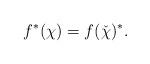
LaTeX: \begin{align*}f^* (\chi) = f (\check \chi )^* . \end{align*}